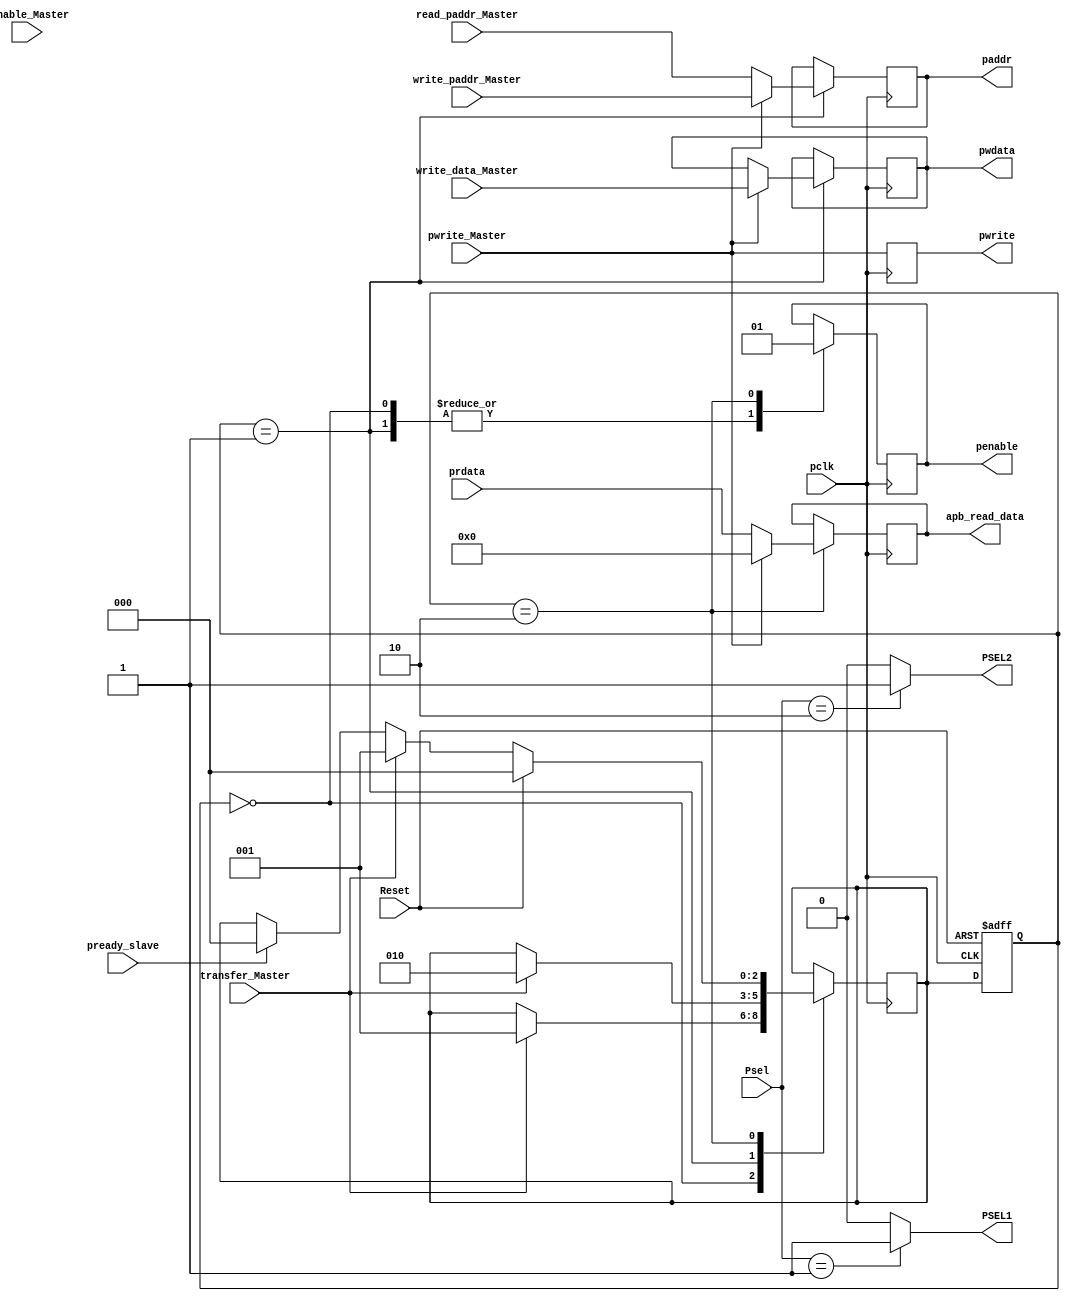
module APB_Bridge (
    // Clock signal from the master
    input pclk,
    // Enable signal from the master
    input penable_Master,
    // Write signal from the master
    input pwrite_Master,
    // Transfer signal from the master
    input transfer_Master,
    // Reset signal for the APB bridge
    input Reset,
    // Select signal for the slave peripheral
    input [1:0] Psel,
    // Address of the memory location to be written to by the master
    input [4:0] write_paddr_Master,
    // Address of the memory location to be read from by the master
    read_paddr_Master,
    // Data to be written to the specified memory location by the master
    input [31:0] write_data_Master,

    //  inputs from Slave
    // Ready signal from the slave
    input pready_slave,
    // Read data from the slave
    input [31:0] prdata,

    // Outputs To Slaves
    // Write signal to the slave
    output reg        pwrite,
    // Enable signal to the slave
    penable,
    // Write data to the slave
    // pwdata = write_data_Master
    // paddr = write_paddr_Master or read_paddr_Master address depend on pwrite coming from master 
    output reg [31:0] pwdata,
    // Address for the slave
    output reg [ 4:0] paddr,
    // Select signal for the first slave peripheral
    output reg        PSEL1,
    // Select signal for the second slave peripheral
    PSEL2,

    // Read data from the slave, to be output to the master
    output reg [31:0] apb_read_data
);

  // States for the state machine
  localparam IDLE = 2'b00, SETUP = 2'b01, Access = 2'b10;

  // Current state of the state machine
  reg [2:0] CurrentState = IDLE;

  // Next state of the state machine
  reg [2:0] NextState = IDLE;

  always @(Psel) begin
    case (Psel)
      1: begin
        PSEL1 <= 1;
        PSEL2 <= 0;
      end
      2: begin
        PSEL1 <= 0;
        PSEL2 <= 1;
      end
      default: begin
        PSEL1 <= 0;
        PSEL2 <= 0;
      end
    endcase
  end

  // State machine for the APB bridge
  always @(posedge pclk) begin
    // Set the write signal to the value coming from the master
    pwrite <= pwrite_Master;
    case (CurrentState)
      IDLE: begin
        // In the idle state, the enable signal to the slave is deasserted
        penable = 0;
        if (transfer_Master) begin
          NextState <= SETUP;
        end
      end
      SETUP: begin
        penable = 0;
        // if Master called Write Bus will send Address of Write else will send read Address
        // write data in setup
        if (pwrite_Master) begin
          paddr  <= write_paddr_Master;
          pwdata <= write_data_Master;

        end else begin
          paddr <= read_paddr_Master;
        end
        if (transfer_Master) begin
          NextState <= Access;
        end
      end
      Access: begin
        // In the access state, the enable signal to the slave is asserted
        penable = 1;
        if (pready_slave) begin
          NextState <= IDLE;
        end
        if (pwrite_Master) begin
          apb_read_data <= 32'h00000000;
        end else begin
          apb_read_data <= prdata;
        end

        if (transfer_Master) begin
          NextState <= SETUP;
        end
        if (Reset) begin
          NextState <= IDLE;
        end
      end
    endcase
  end

  always @(posedge pclk or posedge Reset) begin
    if (Reset) begin
      CurrentState <= IDLE;
    end else begin
      CurrentState <= NextState;
    end
  end
endmodule